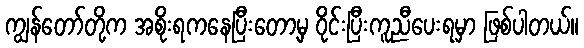
ကျွန်တော်တို့က အစိုးရကနေပြီးတော့မှ ဝိုင်းပြီးကူညီပေးရမှာ ဖြစ်ပါတယ်။